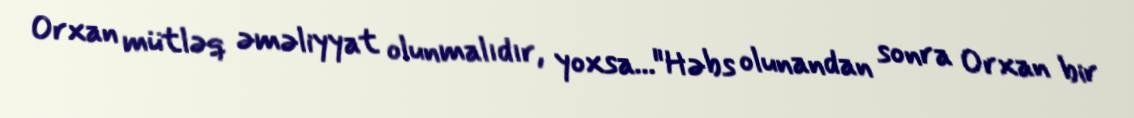
Orxan mütləq əməliyyat olunmalıdır, yoxsa..."Həbs olunandan sonra Orxan bir